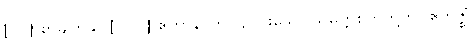
[၀၂] စာမျက်နှာ [၁၀၁] ဧတာနိ၊ ဤ ၄-ပါးသော သမ္ပတ္တိစက်တို့ကို။ ဧကဇ္ဈံ၊